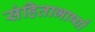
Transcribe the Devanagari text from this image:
संहिताभाष्यों